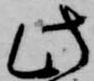
此